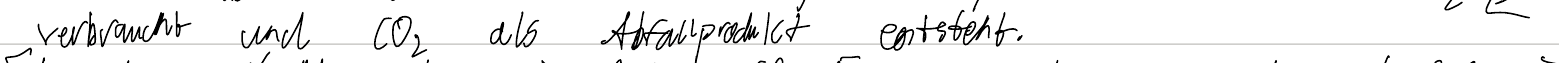
verbraucht und CO2 als Abfallprodukt entsteht.